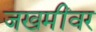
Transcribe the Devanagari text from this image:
जखमींवर